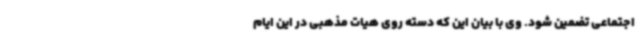
اجتماعی تضمین شود. وی با بیان این‌ که دسته روی هیات مذهبی در این ایام